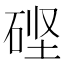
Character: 𬒎